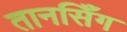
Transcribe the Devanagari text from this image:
तानसिँग